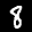
Digit: 8